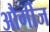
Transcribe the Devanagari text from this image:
और्गीज